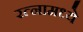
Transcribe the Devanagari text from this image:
रत्‍नामध्ये